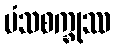
မံသစက္ခုဿ